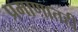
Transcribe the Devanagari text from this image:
प्रमाणातही